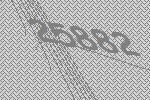
25882